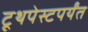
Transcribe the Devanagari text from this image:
टूथपेस्टपर्यंत